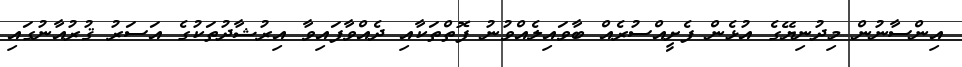
އިންސާނުން މިދުނިޔޭގެ އުޅެން ފެށީއްސުރެއް ބާވައިލެއްވުނު ފޮތްތަކާއި ދެއްވާފައިވާ އިރުޝާދުތަކުގެ އަސަރު ޤުރުއާނުގައި